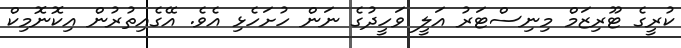
ކުރީގެ ޓޫރިޒަމް މިނިސްޓަރު އަލީ ވަހީދުގެ ނަން ހުށަހެޅި އެވެ. އޭގެއިތުރުން އިކޮނޮމިކް